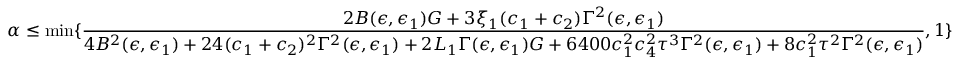
\alpha \le \operatorname* { m i n } \{ \frac { 2 B ( \epsilon , \epsilon _ { 1 } ) G + 3 \xi _ { 1 } ( c _ { 1 } + c _ { 2 } ) \Gamma ^ { 2 } ( \epsilon , \epsilon _ { 1 } ) } { 4 B ^ { 2 } ( \epsilon , \epsilon _ { 1 } ) + 2 4 ( c _ { 1 } + c _ { 2 } ) ^ { 2 } \Gamma ^ { 2 } ( \epsilon , \epsilon _ { 1 } ) + 2 L _ { 1 } \Gamma ( \epsilon , \epsilon _ { 1 } ) G + 6 4 0 0 c _ { 1 } ^ { 2 } c _ { 4 } ^ { 2 } \tau ^ { 3 } \Gamma ^ { 2 } ( \epsilon , \epsilon _ { 1 } ) + 8 c _ { 1 } ^ { 2 } \tau ^ { 2 } \Gamma ^ { 2 } ( \epsilon , \epsilon _ { 1 } ) } , 1 \}